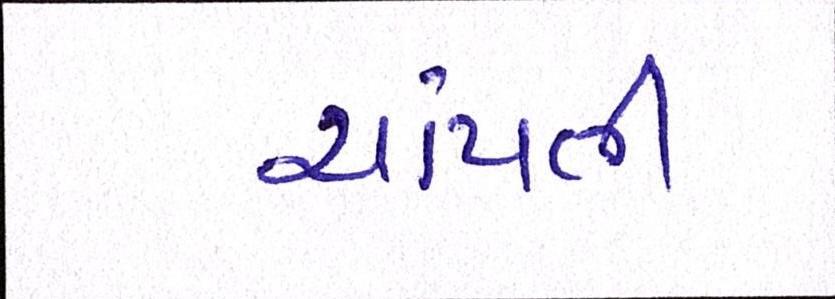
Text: ચાંપતી